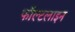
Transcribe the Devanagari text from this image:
फॉल्टलाइन